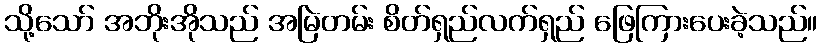
သို့သော် အဘိုးအိုသည် အမြဲတမ်း စိတ်ရှည်လက်ရှည် ဖြေကြားပေးခဲ့သည်။